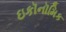
ઇકૉનૉમિક